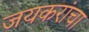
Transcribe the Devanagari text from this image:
जयकरांचा